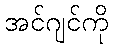
အင်ဂျင်ကို